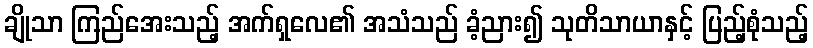
ချိုသာ ကြည်အေးသည့် အက်ရှလေ၏ အသံသည် ခံ့ညား၍ သုတိသာယာနှင့် ပြည့်စုံသည့်